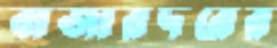
বাজারদরের